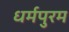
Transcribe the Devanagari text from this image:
धर्मपुरम